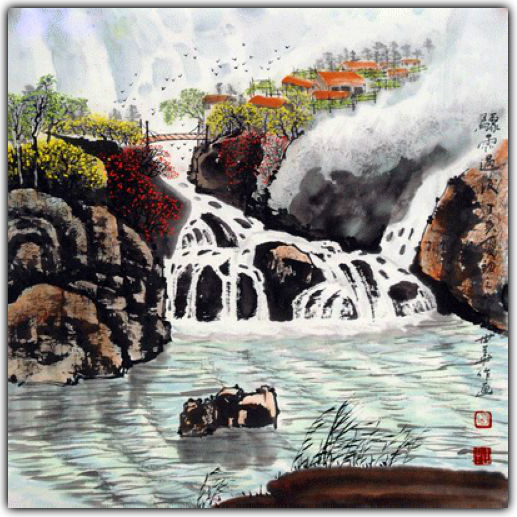
白云千里万里，明月前溪后溪。